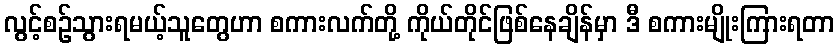
လွင့်စဉ်သွားရမယ့်သူတွေဟာ စကားလက်တို့ ကိုယ်တိုင်ဖြစ်နေချိန်မှာ ဒီ စကားမျိုးကြားရတာ